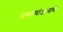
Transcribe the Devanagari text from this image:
प्रकल्पांअभावी